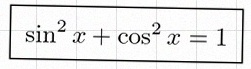
\sin^2x+\cos^2x=1